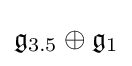
{\mathfrak {g}}_{3.5}\oplus {\mathfrak {g}}_{1}